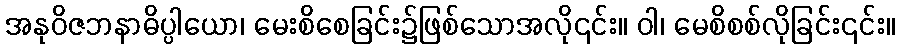
အနုဝိဇဘနာဓိပ္ပါယော၊ မေးစိစေခြင်း၌ဖြစ်သောအလို၎င်း။ ဝါ၊ မေစိစစ်လိုခြင်း၎င်း။